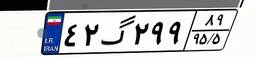
۴۲گ۲۹۹۸۹